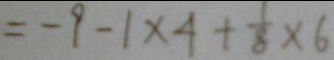
= - 9 - 1 \times 4 + \frac { 1 } { 8 } \times 6